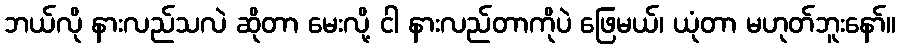
ဘယ်လို နားလည်သလဲ ဆိုတာ မေးလို့ ငါ နားလည်တာကိုပဲ ဖြေမယ်၊ ယုံတာ မဟုတ်ဘူးနော်။